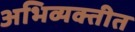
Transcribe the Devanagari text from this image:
अभिव्यक्तीत